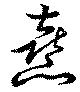
憙